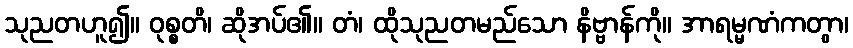
သုညတဟူ၍။ ဝုစ္စတိ၊ ဆိုအပ်၏။ တံ၊ ထိုသုညတမည်သော နိဗ္ဗာန်ကို။ အာရမ္မဏံကတွာ၊